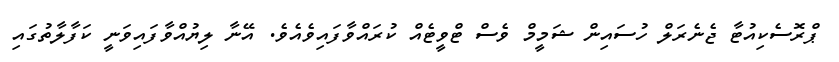
ޕްރޮސެކިއުޓާ ޖެނެރަލް ހުސައިން ޝަމީމް ވެސް ޓްވީޓެއް ކުރައްވާފައިވެއެވެ. އޭނާ ލިޔުއްވާފައިވަނީ ކަފާލާތުގައި